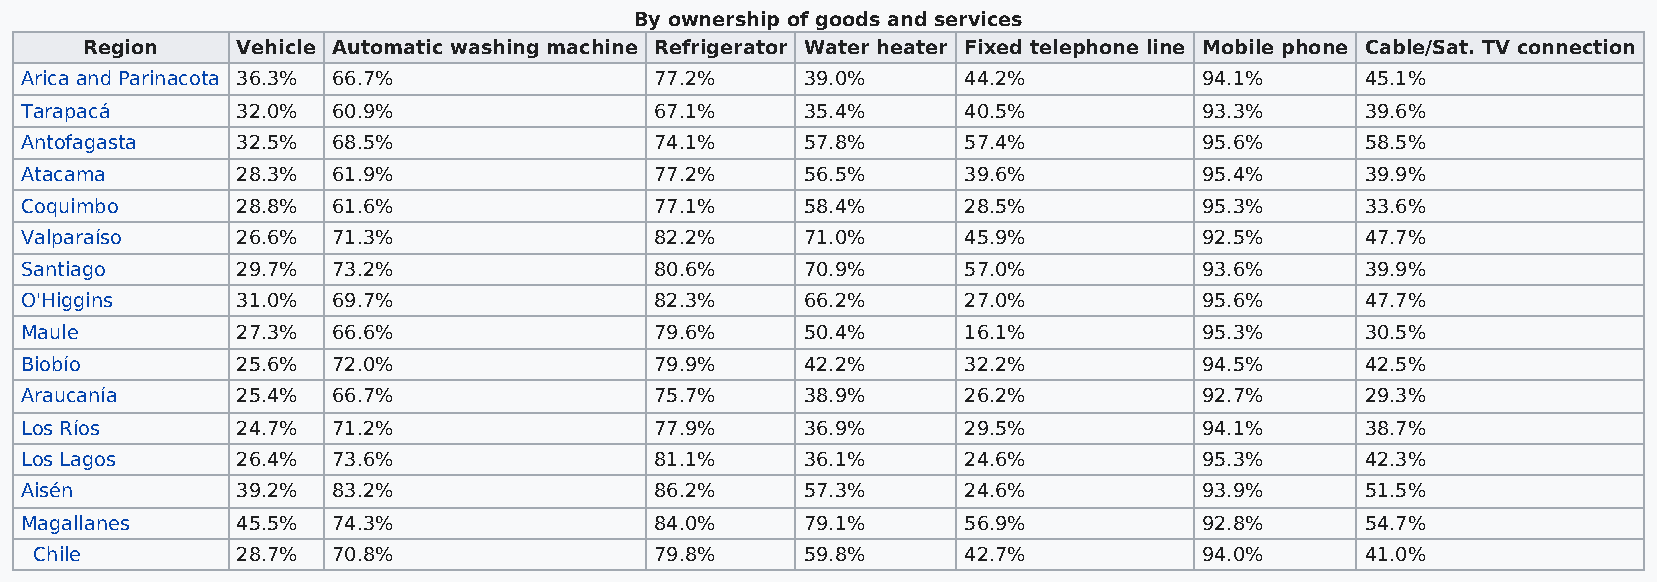
By ownership of goods and services
 Region     Vehicle Automatic washing machine Refrigerator Water heater Fixed telephone line Mobile phone Cable/Sat. TV connection
 Arica and Parinacota 36.3% 66.7%          77.2%     39.0%      44.2%           94.1%     45.1%
 Tarapacá       32.0% 60.9%                67.1%     35.4%      40.5%           93.3%     39.6%
 Antofagasta    32.5% 68.5%                74.1%     57.8%      57.4%           95.6%     58.5%
 Atacama        28.3% 61.9%                77.2%     56.5%      39.6%           95.4%     39.9%
 Coquimbo       28.8% 61.6%                77.1%     58.4%      28.5%           95.3%     33.6%
 Valparaíso     26.6% 71.3%                82.2%     71.0%      45.9%           92.5%     47.7%
 Santiago       29.7% 73.2%                80.6%     70.9%      57.0%           93.6%     39.9%
 O'Higgins      31.0% 69.7%                82.3%     66.2%      27.0%           95.6%     47.7%
 Maule          27.3% 66.6%                79.6%     50.4%      16.1%           95.3%     30.5%
 Biobío         25.6% 72.0%                79.9%     42.2%      32.2%           94.5%     42.5%
 Araucanía      25.4% 66.7%                75.7%     38.9%      26.2%           92.7%     29.3%
 Los Ríos       24.7% 71.2%                77.9%     36.9%      29.5%           94.1%     38.7%
 Los Lagos      26.4% 73.6%                81.1%     36.1%      24.6%           95.3%     42.3%
 Aisén          39.2% 83.2%                86.2%     57.3%      24.6%           93.9%     51.5%
 Magallanes     45.5% 74.3%                84.0%     79.1%      56.9%           92.8%     54.7%
 Chile         28.7% 70.8%                79.8%     59.8%      42.7%           94.0%     41.0%